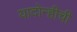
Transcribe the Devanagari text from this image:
यादोन्हीची